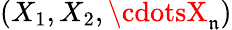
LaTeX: (X_{1},X_{2},\cdotsX_{\mathfrak{n}})